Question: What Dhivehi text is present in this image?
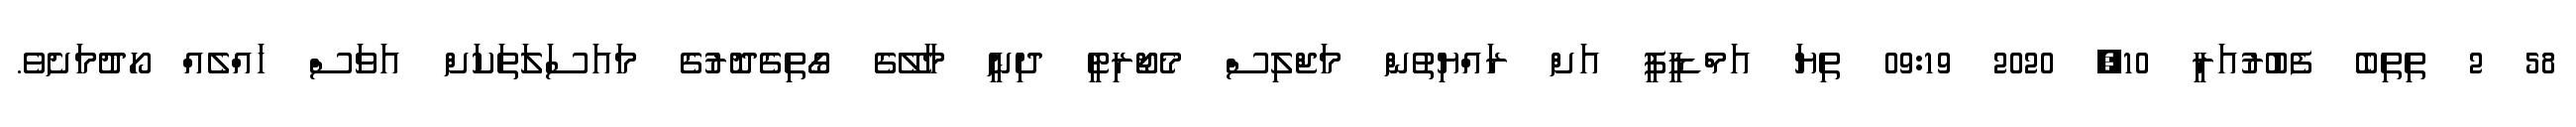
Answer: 58 2 ތިތިބެ ފެބުރުއަރީ 10, 2020 09:19 ތިޔަ އަމްޑިީޕީ އަށް ރައްޔިތުން މަޖްލިސް މެޖޯރިޓީ ދިނީ މާލޭގެ ގޯތިގެދޮރުގެ މައަސަލަތަކަށް އަވަސް ހައްލެއް ހޯދުމަށެވެ.